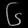
Digit: ၆